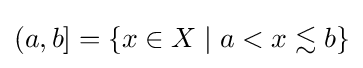
(a,b]=\{x\in X\mid a<x\lesssim b\}